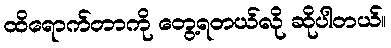
ထိရောက်တာကို တွေ့ရတယ်လို ဆိုပါတယ်။